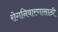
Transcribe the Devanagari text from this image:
रोगनिवारणासाठी